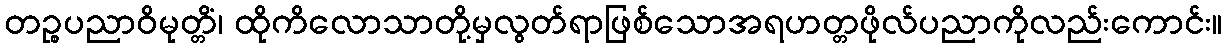
တဉ္စပညာဝိမုတ္တိံ၊ ထိုကိလောသာတို့မှလွတ်ရာဖြစ်သောအရဟတ္တဖိုလ်ပညာကိုလည်းကောင်း။